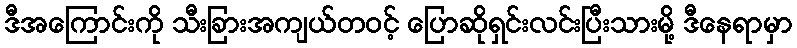
ဒီအကြောင်းကို သီးခြားအကျယ်တဝင့် ပြောဆိုရှင်းလင်းပြီးသားမို့ ဒီနေရာမှာ